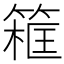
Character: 𥱜